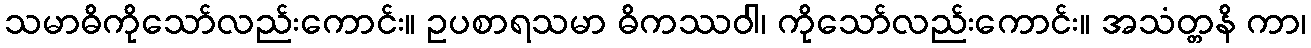
သမာဓိကိုသော်လည်းကောင်း။ ဥပစာရသမာ ဓိကဿဝါ၊ ကိုသော်လည်းကောင်း။ အသံတ္တနိ ကာ၊